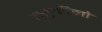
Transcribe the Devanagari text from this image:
त्सुकीनो